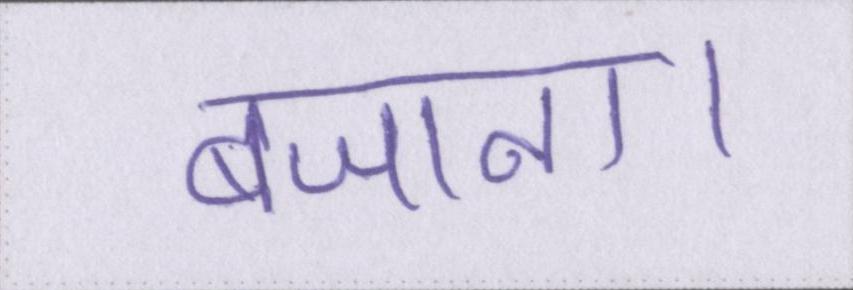
बजाना।